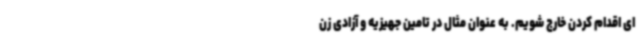
ای اقدام کردن خارج شویم. به عنوان مثال در تامین جهیزیه و آزادی زن